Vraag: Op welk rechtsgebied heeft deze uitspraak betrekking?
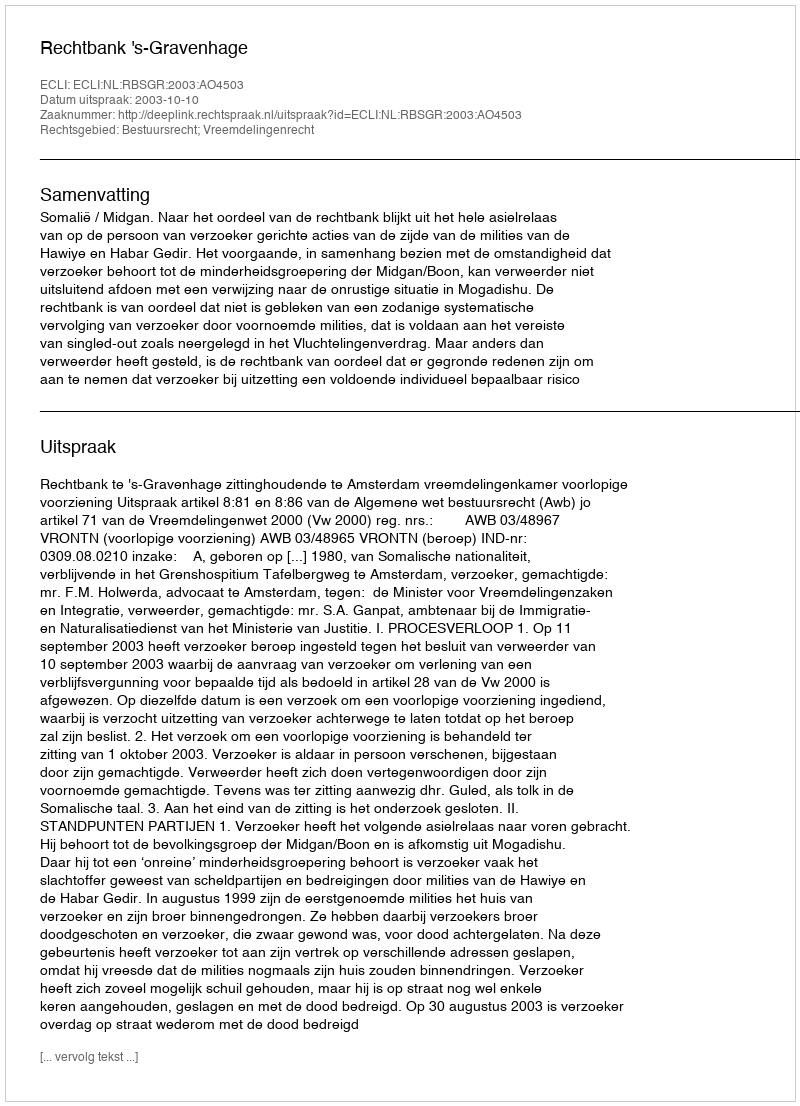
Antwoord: Bestuursrecht; Vreemdelingenrecht